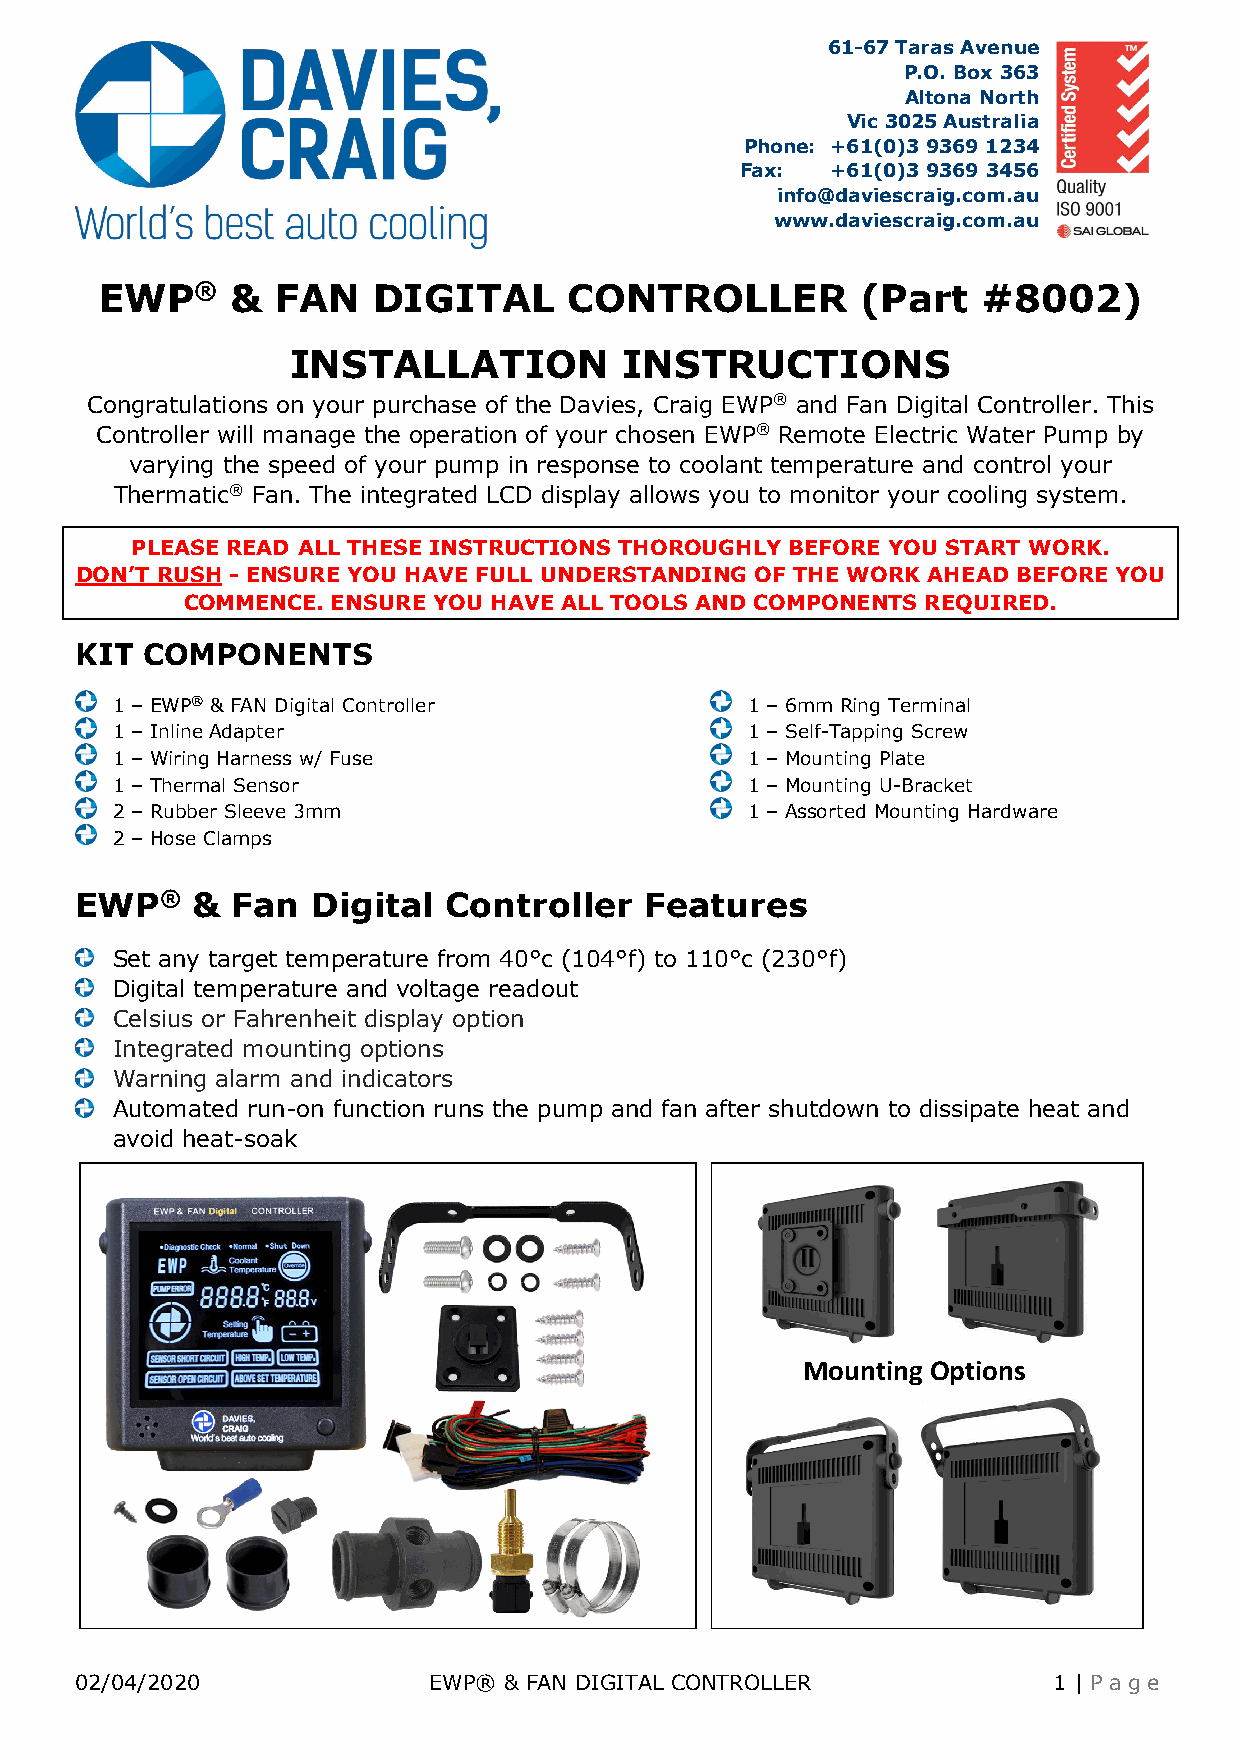
61-67 Taras Avenue
 P.O. Box 363
 Altona North
 Vic 3025 Australia
 Phone: +61(0)3 9369 1234
 Fax:  +61(0)3 9369 3456
 info@daviescraig.com.au
 www.daviescraig.com.au
 EWP®    &  FAN    DIGITAL      CONTROLLER         (Part   #8002)
 INSTALLATION          INSTRUCTIONS
 Congratulations on your purchase of the Davies, Craig EWP® and Fan Digital Controller. This
 Controller will manage the operation of your chosen EWP® Remote Electric Water Pump by
 varying the speed of your pump in response to coolant temperature and control your
 Thermatic® Fan. The integrated LCD display allows you to monitor your cooling system.
 PLEASE READ ALL THESE INSTRUCTIONS THOROUGHLY BEFORE YOU START WORK.
 DON’T RUSH - ENSURE YOU HAVE FULL UNDERSTANDING OF THE WORK AHEAD BEFORE YOU
 COMMENCE. ENSURE YOU HAVE ALL TOOLS AND COMPONENTS REQUIRED.
 KIT COMPONENTS
 1 – EWP® & FAN Digital Controller         1 – 6mm Ring Terminal
 1 – Inline Adapter                        1 – Self-Tapping Screw
 1 – Wiring Harness w/ Fuse                1 – Mounting Plate
 1 – Thermal Sensor                        1 – Mounting U-Bracket
 2 – Rubber Sleeve 3mm                     1 – Assorted Mounting Hardware
 2 – Hose Clamps
 EWP®    & Fan   Digital Controller    Features
 Set any target temperature from 40°c (104°f) to 110°c (230°f)
 Digital temperature and voltage readout
 Celsius or Fahrenheit display option
 Integrated mounting options
 Warning alarm and indicators
 Automated run-on function runs the pump and fan after shutdown to dissipate heat and
 avoid heat-soak
 Mounting Options
 02/04/2020             EWP® & FAN DIGITAL CONTROLLER             1 | Pa g e